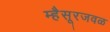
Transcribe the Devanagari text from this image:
म्हैसूरजवळ